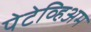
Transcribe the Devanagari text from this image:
पेटेव्हिअम